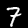
Label: 7